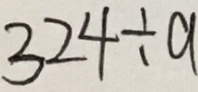
3 2 4 \div a